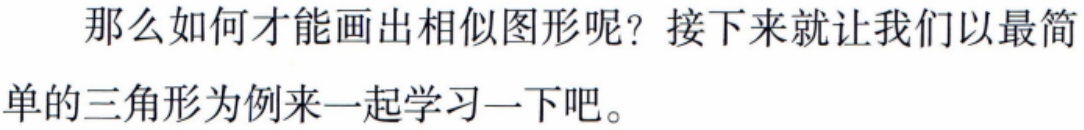
那么如何才能画出相似图形呢？接下来就让我们以最简单的三角形为例来一起学习一下吧。